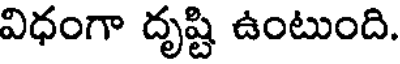
విధంగా దృష్టి ఉంటుంది.